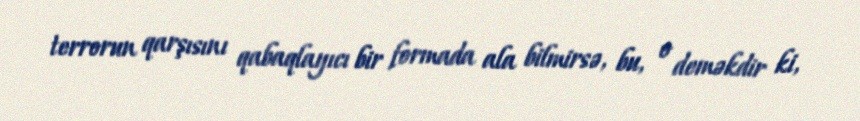
terrorun qarşısını qabaqlayıcı bir formada ala bilmirsə, bu, o deməkdir ki,